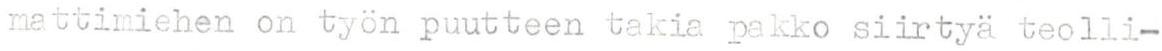
mattimiehen on työn puutteen takia pakko siirtyä teolli-